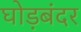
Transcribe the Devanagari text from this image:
घोड़बंदर